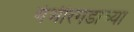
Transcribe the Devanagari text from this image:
गंभीरगडाच्या